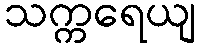
သက္ကရေယျ